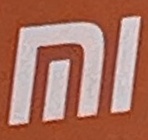
MI